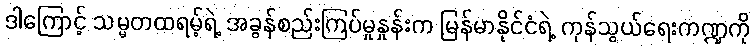
ဒါကြောင့် သမ္မတထရမ့်ရဲ့ အခွန်စည်းကြပ်မှုနှုန်းက မြန်မာနိုင်ငံရဲ့ ကုန်သွယ်ရေးကဏ္ဍကို